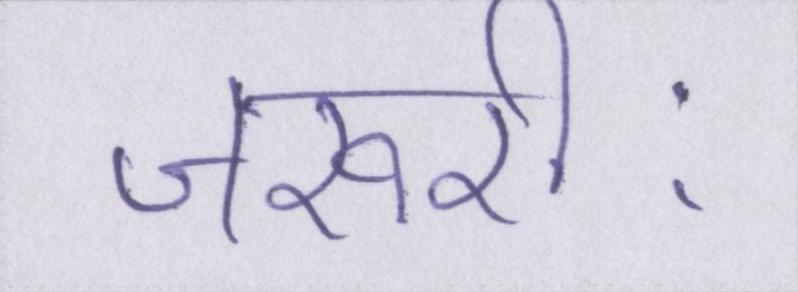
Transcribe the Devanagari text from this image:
जरूरीः